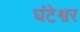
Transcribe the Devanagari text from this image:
घंटेश्वर